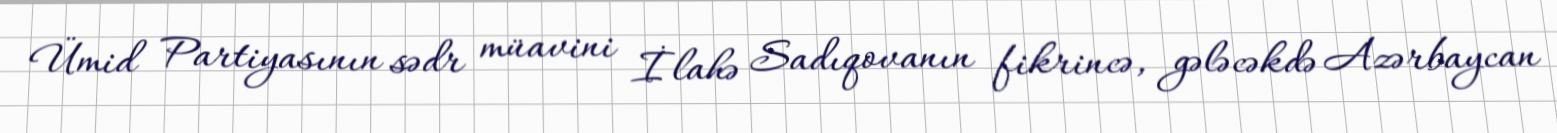
Ümid Partiyasının sədr müavini İlahə Sadıqovanın fikrincə, gələcəkdə Azərbaycan